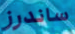
ساندرز